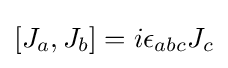
[J_{a},J_{b}]=i\epsilon _{abc}J_{c}